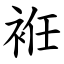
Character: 袵